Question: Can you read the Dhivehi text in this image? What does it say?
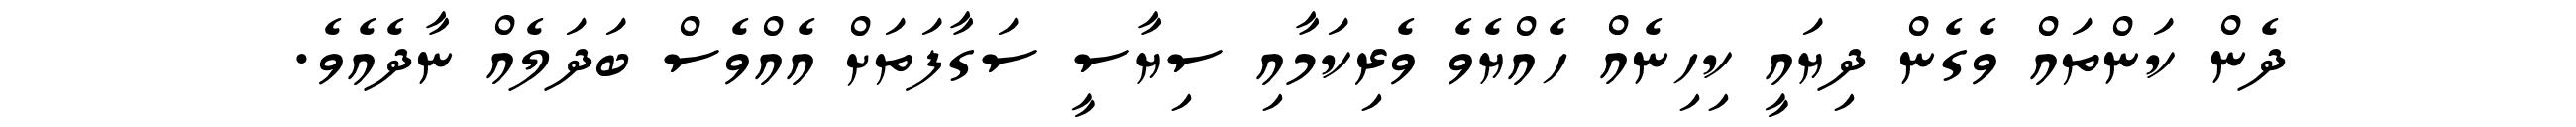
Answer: ދެން ކަންތައް ވެގެން ދިޔައީ ކިހިނެއް ހެއްޔެވެ ވެރިކަމާއި ސިޔާސީ ސަގާފަތަށް އެއްވެސް ބަދަލެއް ނާދެއެވެ.